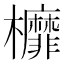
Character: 𣡂